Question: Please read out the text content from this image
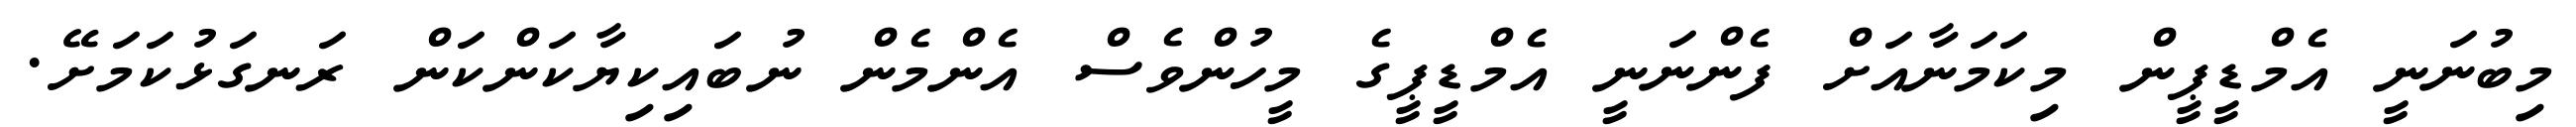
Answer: މިބުނަނީ އެމްޑީޕީން މިކަމަނާއަށް ފެންނަނީ އެމްޑީޕީގެ މީހުންވެސް އެންމެން ނުބައިކިޔާކަންކަން ރަނގަޅުކަމަށޭ.